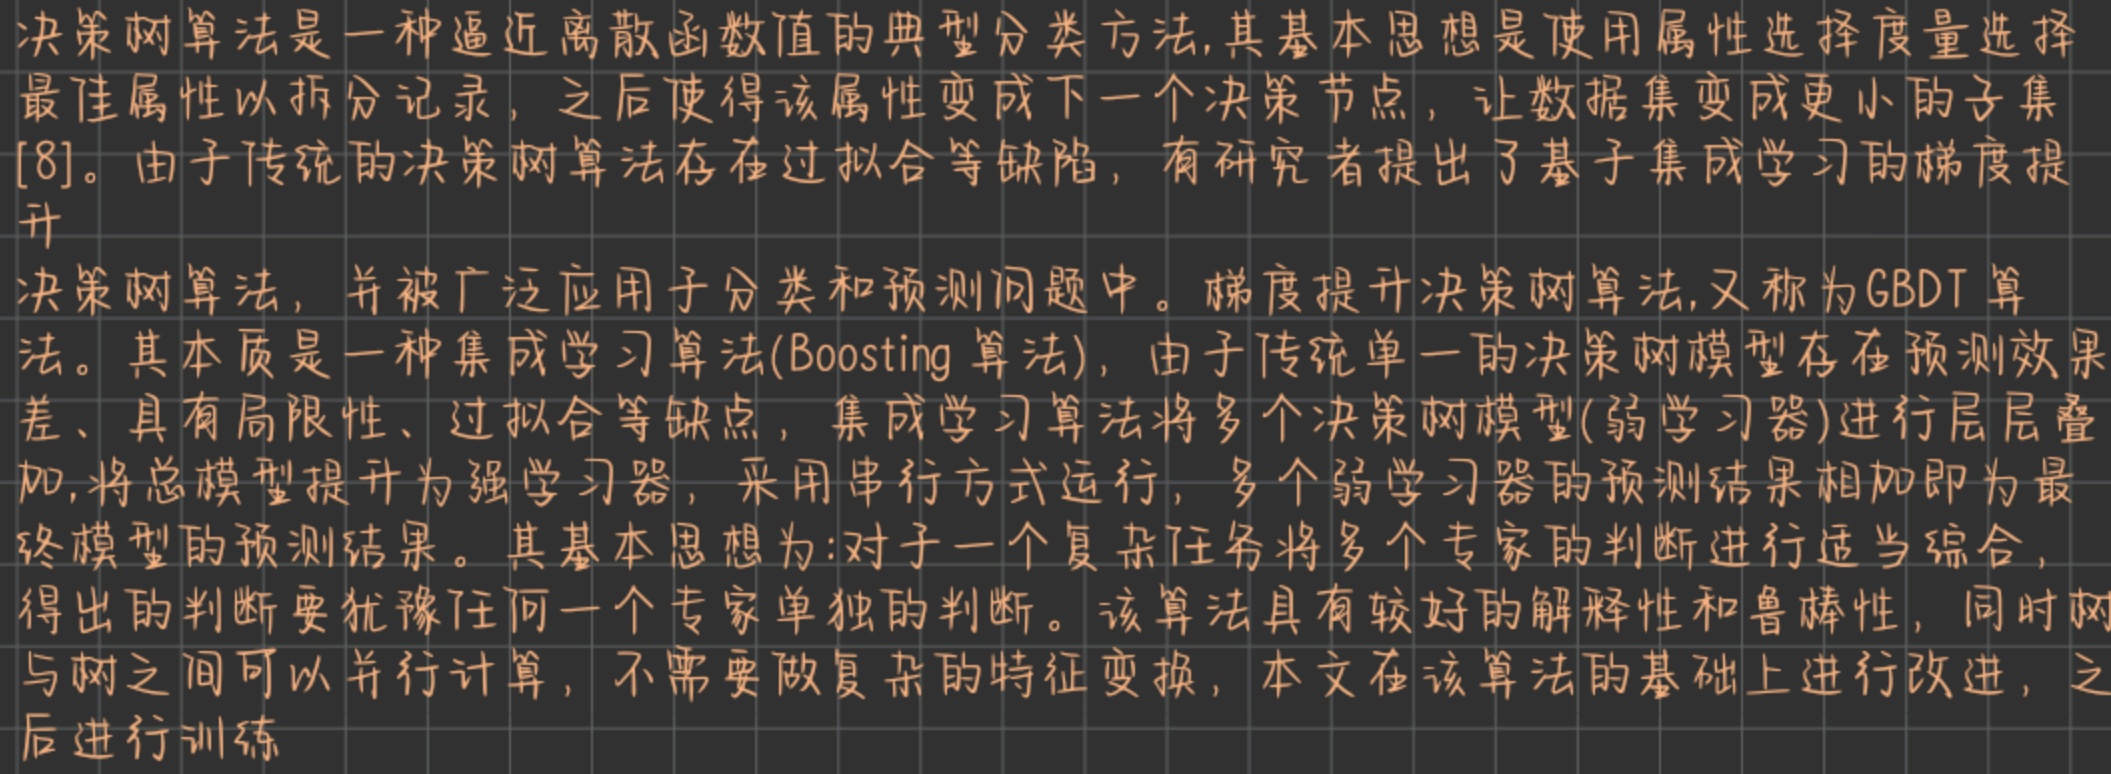
决策树算法是一种逼近离散函数值的典型分类方法,其基本思想是使用属性选择度量选择最佳属性以拆分记录，之后使得该属性变成下一个决策节点，让数据集变成更小的子集[8]。由于传统的决策树算法存在过拟合等缺陷，有研究者提出了基于集成学习的梯度提升

决策树算法，并被广泛应用于分类和预测问题中。梯度提升决策树算法,又称为GBDT算法。其本质是一种集成学习算法(Boosting 算法)，由于传统单一的决策树模型存在预测效果差、具有局限性、过拟合等缺点，集成学习算法将多个决策树模型(弱学习器)进行层层叠加,将总模型提升为强学习器，采用串行方式运行，多个弱学习器的预测结果相加即为最终模型的预测结果。其基本思想为:对于一个复杂任务将多个专家的判断进行适当综合，得出的判断要优于任何一个专家单独的判断。该算法具有较好的解释性和鲁棒性，同时树与树之间可以并行计算，不需要做复杂的特征变换，本文在该算法的基础上进行改进，之后进行训练